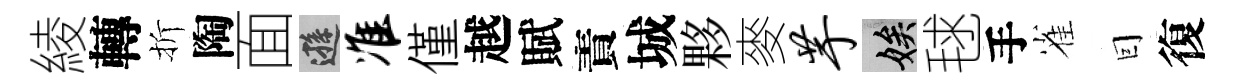
綾轉折陶面遜准僅越賦責城夥麥芋娭毬手雀囙復